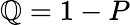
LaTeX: \mathbb{Q}=1-P